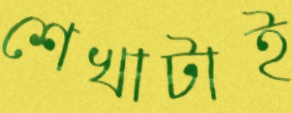
শেখাটাই